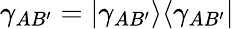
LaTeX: \gamma_{AB^{\prime}}=|\gamma_{AB^{\prime}}\rangle\langle\gamma_{AB^{\prime}}|